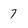
Character: 7